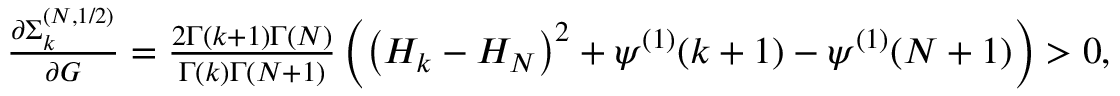
\begin{array} { r } { \frac { \partial \Sigma _ { k } ^ { ( N , 1 / 2 ) } } { \partial G } = \frac { 2 \Gamma ( k + 1 ) \Gamma ( N ) } { \Gamma ( k ) \Gamma ( N + 1 ) } \left( \left( H _ { k } - H _ { N } \right) ^ { 2 } + \psi ^ { ( 1 ) } ( k + 1 ) - \psi ^ { ( 1 ) } ( N + 1 ) \right) > 0 , } \end{array}